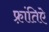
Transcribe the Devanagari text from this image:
फ़्रांतिऐ